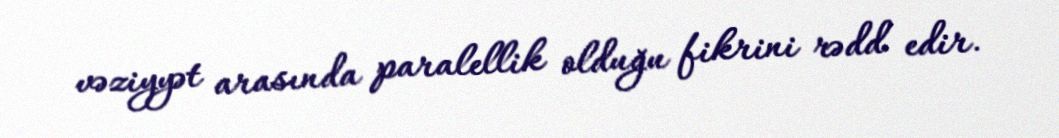
vəziyyət arasında paralellik olduğu fikrini rədd edir.